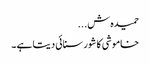
حمیدہ ش...
خاموشی کا شور سنائی دیتا ہے ۔